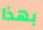
بهذا